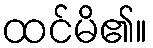
ထင်မိ၏။